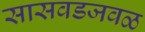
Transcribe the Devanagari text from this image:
सासवडजवळ